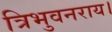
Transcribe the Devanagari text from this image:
त्रिभुवनराय।